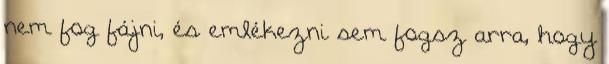
nem fog fájni, és emlékezni sem fogsz arra, hogy